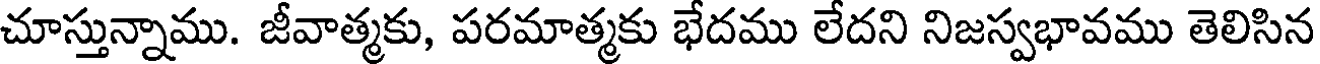
చూస్తున్నాము. జీవాత్మకు, పరమాత్మకు భేదము లేదని నిజస్వభావము తెలిసిన